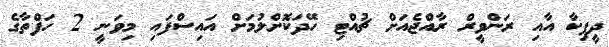
ދީޕިކާ އާއި ރަންވީރް ރާއްޖެއަށް ޗުއްޓި ހޭދަކޮށްލުމަށް އައިސްފައި މިވަނީ 2 ހަފްތާގެ